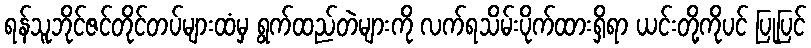
ရန်သူဘိုင်ဇင်တိုင်တပ်များထံမှ ရွက်ထည်တဲများကို လက်ရသိမ်းပိုက်ထားရှိရာ ယင်းတို့ကိုပင် ပြုပြင်